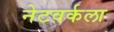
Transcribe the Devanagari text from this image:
नेटवर्कला